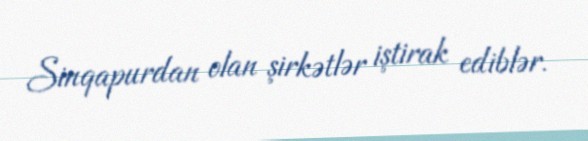
Sinqapurdan olan şirkətlər iştirak ediblər.